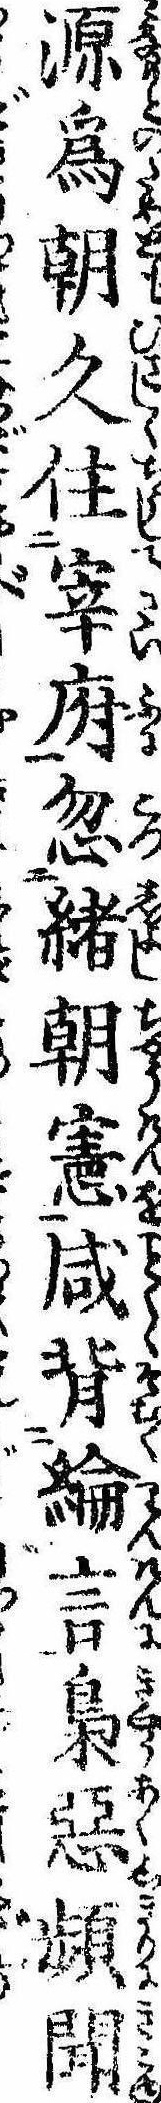
源為朝久住宰府忽緒朝憲咸背綸言梟悪頻聞